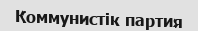
Коммунистік партия